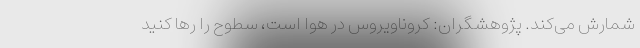
شمارش می‌کند. پژوهشگران: کروناویروس در هوا است، سطوح را رها کنید